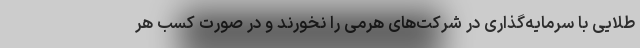
طلایی با سرمایه‌گذاری در شرکت‌های هرمی را نخورند و در صورت کسب هر